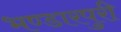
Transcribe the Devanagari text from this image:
भण्डारपुरी